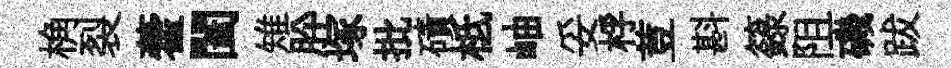
桷裂藿闔雉肸塚批磧柢岫妥桴荳斟籙阻磯跋